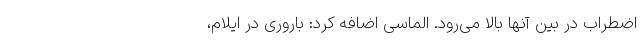
اضطراب در بین آنها بالا می‌رود. الماسی اضافه کرد: باروری در ایلام،